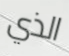
الذي